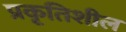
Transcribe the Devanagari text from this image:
प्रकृतिशील